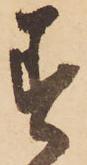
す